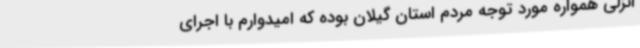
انزلی همواره مورد توجه مردم استان گیلان بوده که امیدوارم با اجرای